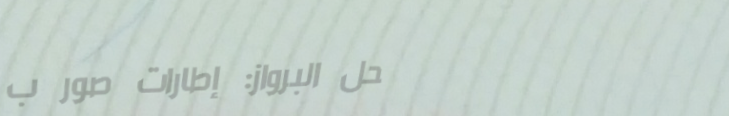
محل البرواز: إطارات صور ب